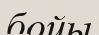
бойы